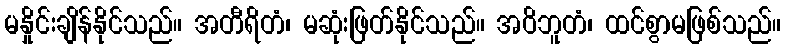
မနှိုင်းချိန်နိုင်သည်။ အတီရိတံ၊ မဆုံးဖြတ်နိုင်သည်။ အဝိဘူတံ၊ ထင်စွာမဖြစ်သည်။